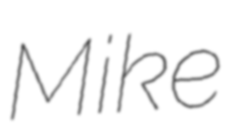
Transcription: Mike